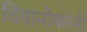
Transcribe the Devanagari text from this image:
विवानौकांनी